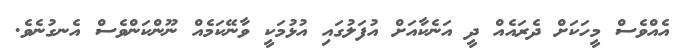
އެއްވެސް މީހަކަށް ދެރައެއް ދީ އަނެކާއަށް އުފަލުގައި އުޅުމަކީ ވާނޭކަމެއް ނޫންކަންވެސް އެނގުނެވެ.